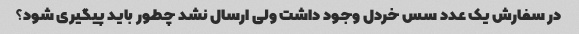
در سفارش یک عدد سس خردل وجود داشت ولی ارسال نشد چطور باید پیگیری شود؟